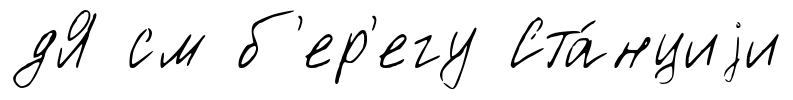
дЯ см б'ер'егу Ста́нциjи